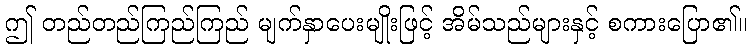
ဤ တည်တည်ကြည်ကြည် မျက်နှာပေးမျိုးဖြင့် အိမ်သည်များနှင့် စကားပြော၏။